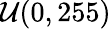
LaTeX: \mathcal{U}(0,255)